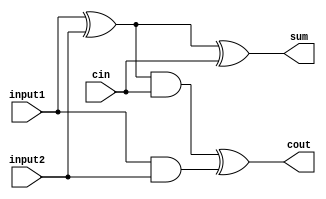
module full_adder (
    sum, cout, input1, input2, cin
);

    input input1, input2, cin;
    output sum, cout;

    //SUM = A XOR B XOR CIn
    wire s1, c2, c1;

    xor G1 (s1, input1, input2), G2 (sum, s1, cin), G3 (cout, c2, c1);

    //COUT = A XOR B AND CIN XOR A AND B
    and G4 (c1, input1, input2), G5 (c2, s1, cin);

endmodule

module FA_test;

    reg a, b, cin;
    wire sum, cout;

    full_adder FA (sum, cout, a, b, cin);
    
    initial
    begin
        $monitor($time, "A = %d, B = %d, CIN=  %d, SUM = %d, COUT = %d\n",a, b, cin, sum, cout);

        #5 a = 1'b0; b = 1'b1; cin = 1'b0;
        #5 a = 1'b1; b = 1'b1; cin = 1'b1; 

    end

endmodule